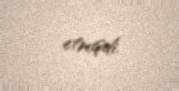
etmişdi.